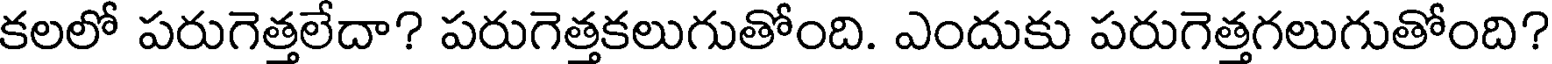
కలలో పరుగెత్తలేదా? పరుగెత్తకలుగుతోంది. ఎందుకు పరుగెత్తగలుగుతోంది?